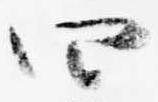
四